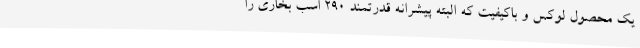
یک محصول لوکس و باکیفیت که البته پیشرانه قدرتمند 290 اسب بخاری را